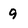
Character: 9